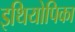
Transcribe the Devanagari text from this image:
इथियोपिका